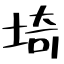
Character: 埼